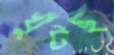
খুঁটছ